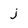
Character: j